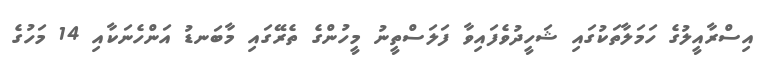
އިސްރާއީލުގެ ހަމަލާތަކުގައި ޝަހީދުވެފައިވާ ފަލަސްތީނު މީހުންގެ ތެރޭގައި މާބަނޑު އަންހެނަކާއި 14 މަހުގެ